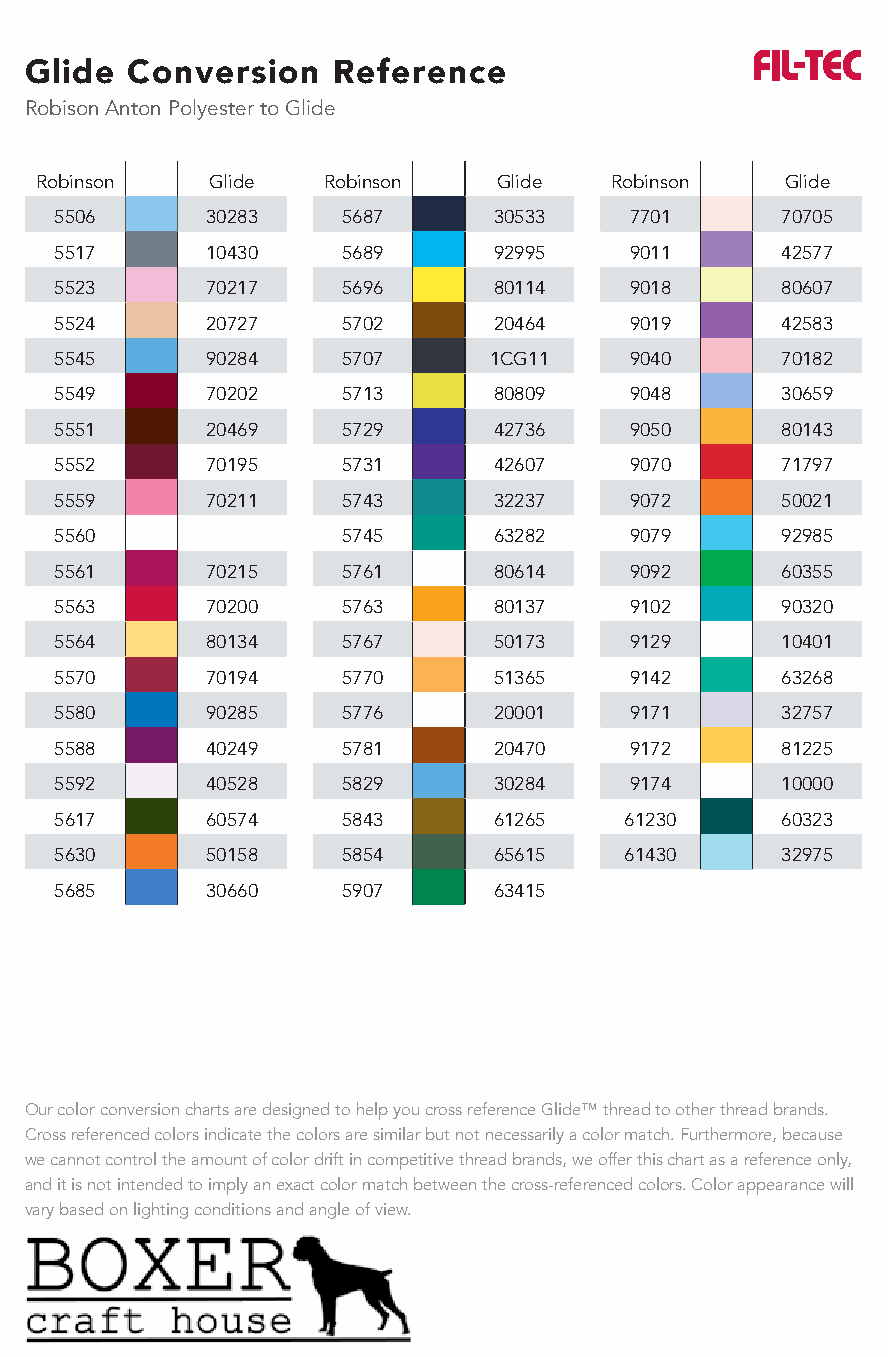
Glide Conversion    Reference
 Robison Anton Polyester to Glide
 Robinson    Glide  Robinson    Glide  Robinson    Glide
 5506      30283    5687      30533    7701      70705
 5517      10430    5689      92995    9011      42577
 5523      70217    5696      80114    9018      80607
 5524      20727    5702      20464    9019      42583
 5545      90284    5707     1CG11     9040      70182
 5549      70202    5713      80809    9048      30659
 5551      20469    5729      42736    9050      80143
 5552      70195    5731      42607    9070      71797
 5559      70211    5743      32237    9072      50021
 5560               5745      63282    9079      92985
 5561      70215    5761      80614    9092      60355
 5563      70200    5763      80137    9102      90320
 5564      80134    5767      50173    9129      10401
 5570      70194    5770      51365    9142      63268
 5580      90285    5776      20001    9171      32757
 5588      40249    5781      20470    9172      81225
 5592      40528    5829      30284    9174      10000
 5617      60574    5843      61265   61230      60323
 5630      50158    5854      65615   61430      32975
 5685      30660    5907      63415
 Our color conversion charts are designed to help you cross reference Glide™ thread to other thread brands.
 Cross referenced colors indicate the colors are similar but not necessarily a color match. Furthermore, because
 we cannot control the amount of color drift in competitive thread brands, we offer this chart as a reference only,
 and it is not intended to imply an exact color match between the cross-referenced colors. Color appearance will
 vary based on lighting conditions and angle of view.
 www.habanddash.com